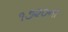
૧૭૨૦ના